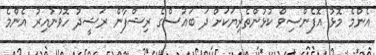
އެންމެ މޮޅު އޮފެންސިވް ކުޅުންތެރިޔަކަށް ދަ ބައުސްގެ ރިޝްފާން ރަޝީދު ހޮވުނުއިރު އެންމެ